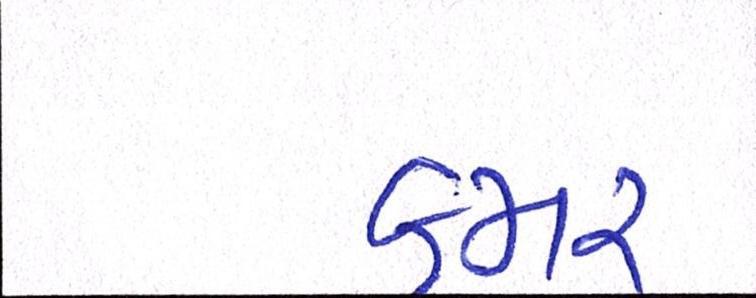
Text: કમર